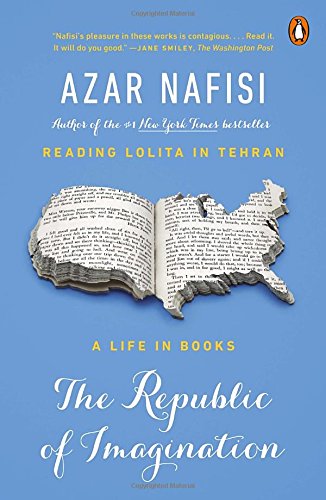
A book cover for The Republic of Imagination: A Life in Books; Azar Nafisi; Literature & Fiction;